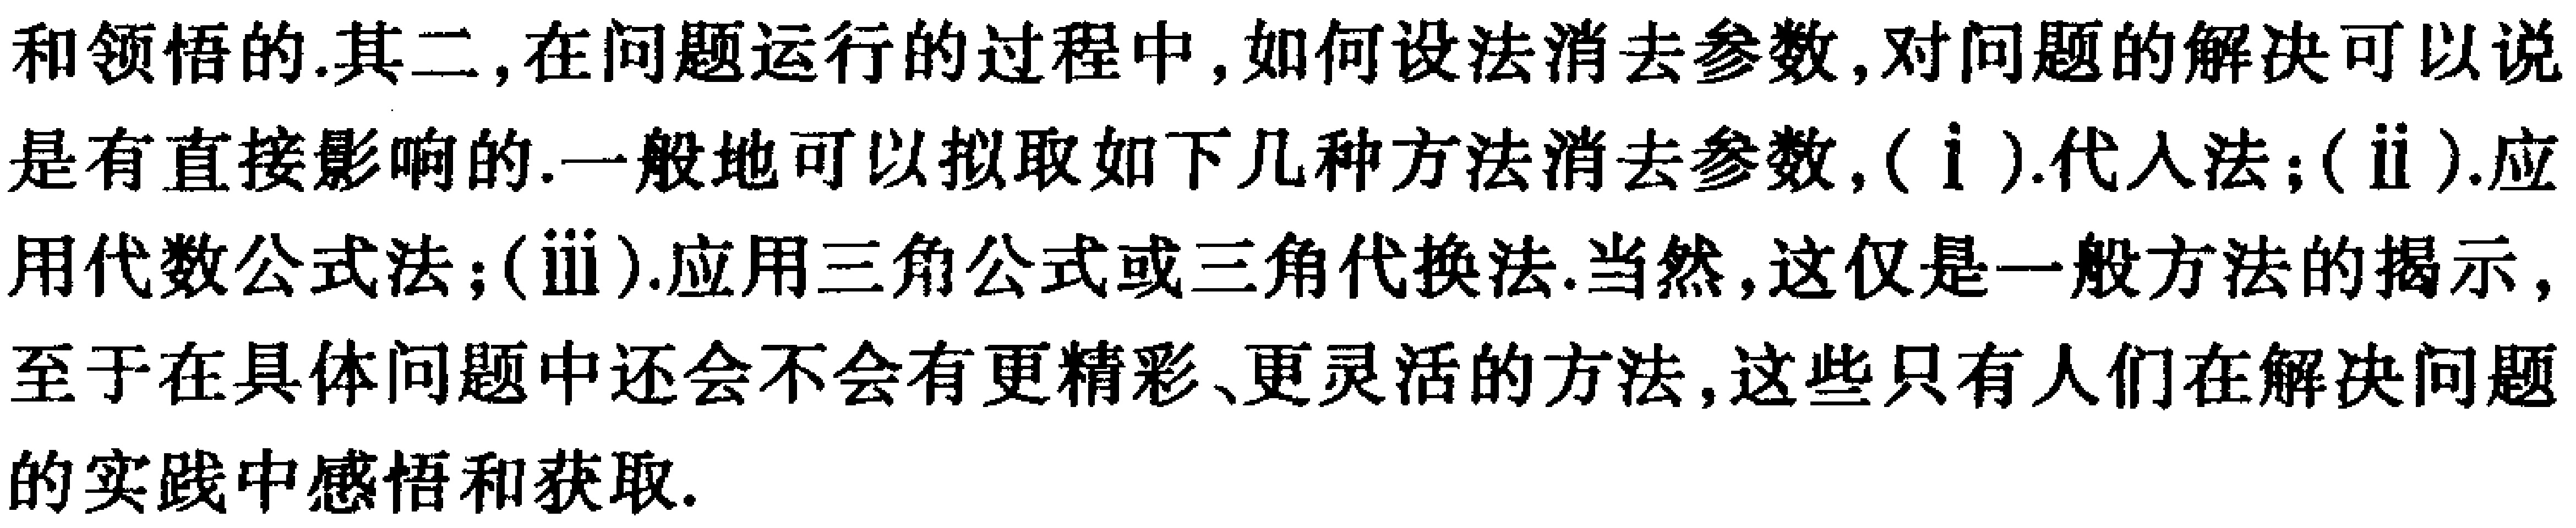
和领悟的.其二,在问题运行的过程中,如何设法消去参数,对问题的解决可以说是有直接影响的.一般地可以拟取如下几种方法消去参数,($\mathrm{i}$).代入法;($\mathrm{ii}$).应用代数公式法;($\mathrm{iii}$).应用三角公式或三角代换法.当然,这仅是一般方法的揭示,至于在具体问题中还会不会有更精彩、更灵活的方法,这些只有人们在解决问题的实践中感悟和获取.